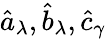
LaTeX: \hat{a}_{\lambda},\hat{b}_{\lambda},\hat{c}_{\gamma}